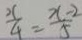
\frac { x } { 4 } = \frac { x - 2 } { 5 }